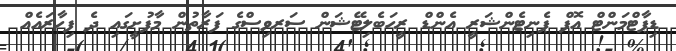
ޑިޕާޓްމަންޓް އޮފް ޕެނިޓެންޝަރީ އެންޑް ރީހަބެލިޓޭޝަން ސަރވިސްގެ ފަރާތުން މާފުށީގައި ދެ ފިހާރައެއް